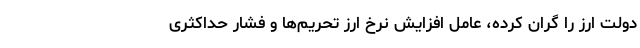
دولت ارز را گران کرده، عامل افزایش نرخ ارز تحریم‌ها و فشار حداکثری